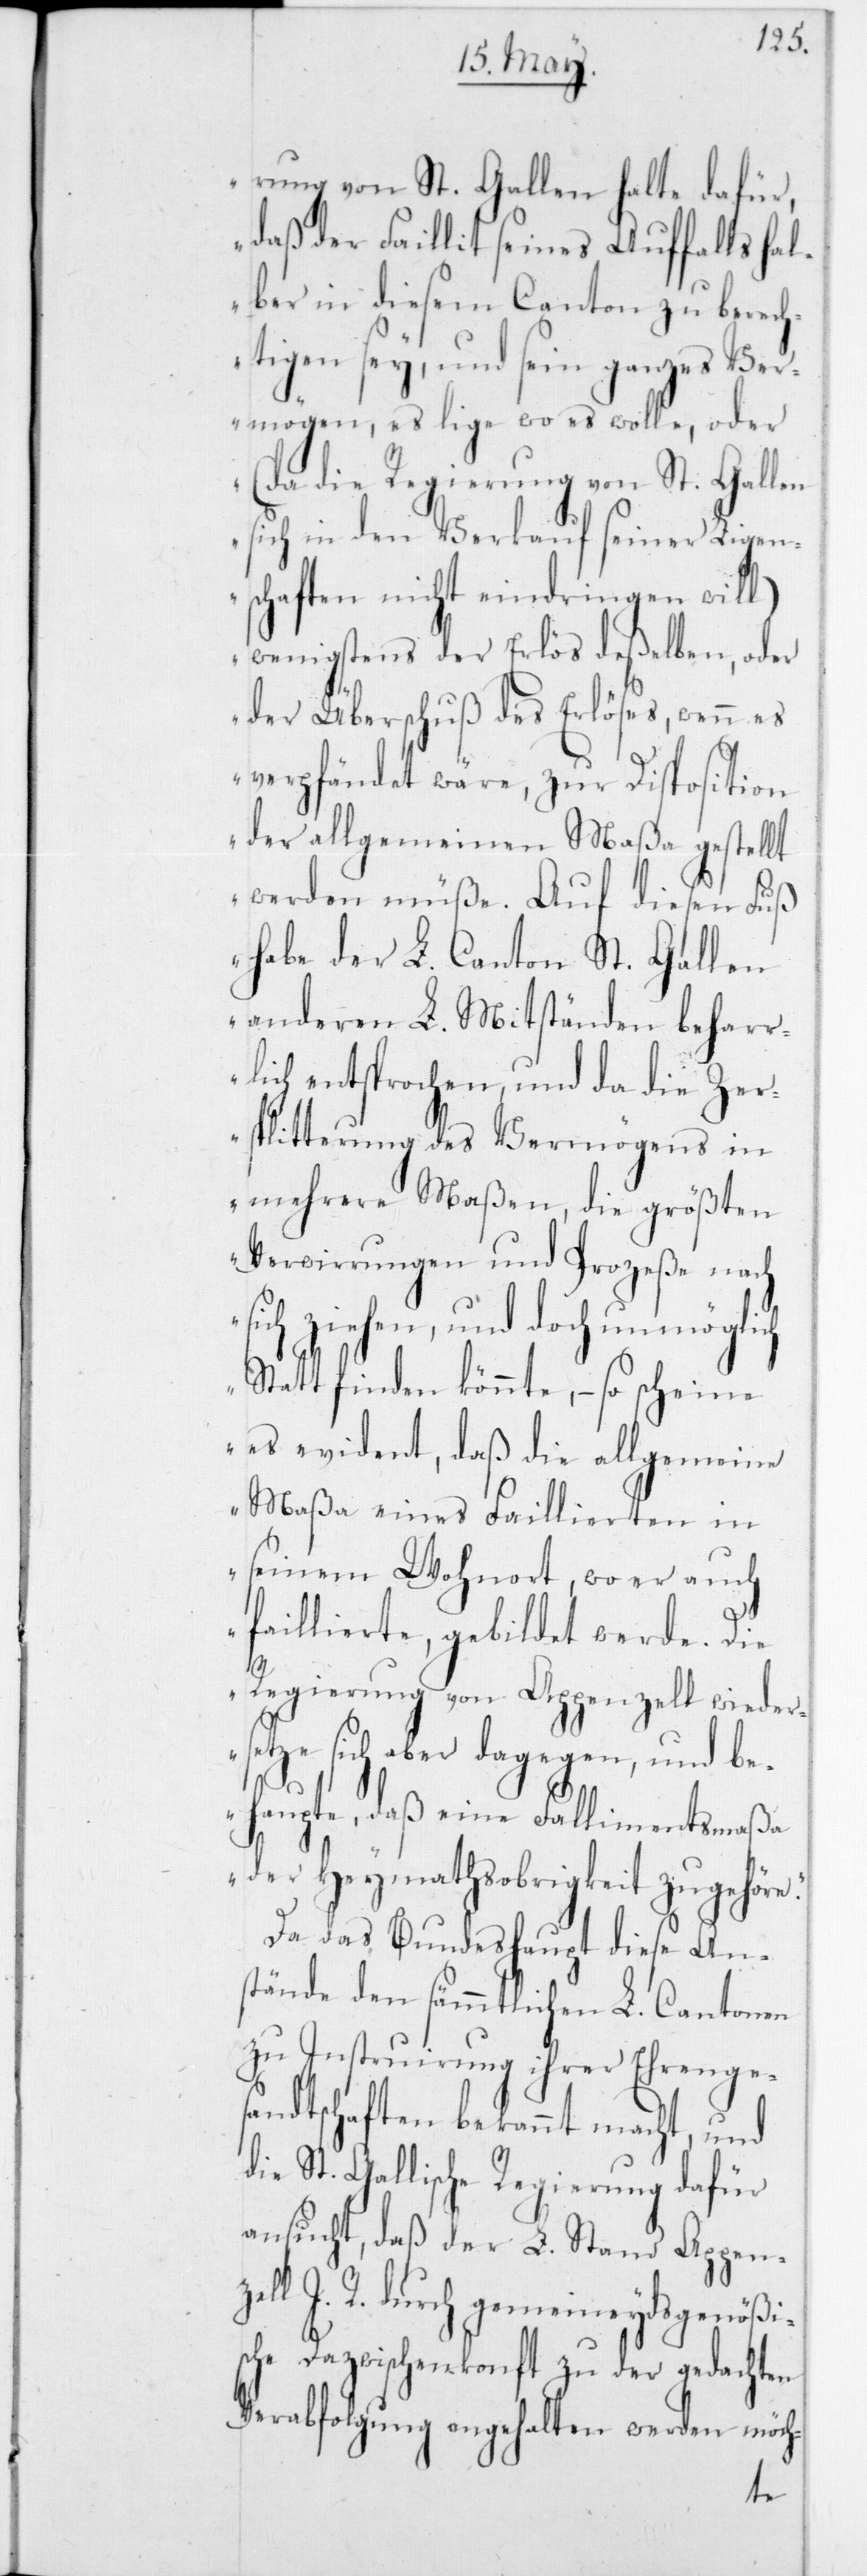
rung von St. Gallen halte dafür,
daß der Faillit seines Auffalls hal¬
ber in diesem Canton zu berech¬
tigen sey, und sein ganzes Ver¬
mögen, es liege wo es wolle, oder
(da die Regierung von St. Gallen
sich in den Verkauf seiner Ligen¬
schaften nicht eindringen will)
wenigstens der Erlös deßelben, oder
der Überschuß des Erlöses, wenn es
verpfändet wäre, zur Disposition
der allgemeinen Maßa gestellt
werden müße. Auf diesen Fuß
habe der L. Canton St. Gallen
anderen L. Mitständen beharr¬
lich entsprochen, und da die Zer¬
splitterung des Vermögens in
mehrere Maßen die größten
Verwirrungen und Prozeße nach
sich ziehen, und doch unmöglich
stattfinden könnte, – so scheine
es evident, daß die allgemeine
Maßa eines Failliten in
seinem Wohnort, wo er auch
faillierte, gebildet werde. Die
Regierung von Appenzell wieder¬
setze sich aber dagegen, und be¬
zel¬
haupte, daß eine Fallimentsmaßa
der Heymathsobrigkeit zugehöre“.
Da das Bundeshaupt diese An¬
stände den sämmtlichen L. Cantonen
zu Instruierung ihrer Ehrenge¬
sandtschaften bekannt macht, und
die St. Gallische Regierung dafür
ansucht, daß der L. Stand Appen¬
l I. R. durch gemeineydsgenößi¬
sche Dazwischenkunft zu der gedachten
Verabfolgung angehalten werden möch-